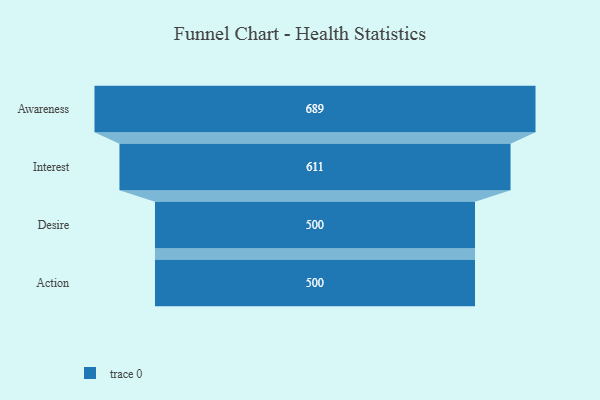
{"axis": {"x": "Stage", "y": "Value"}, "legend": [""], "data": [{"x": "Awareness", "y": 689.0, "type": ""}, {"x": "Interest", "y": 611.0, "type": ""}, {"x": "Desire", "y": 500, "type": ""}, {"x": "Action", "y": 500, "type": ""}]}